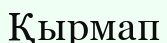
Қырмап